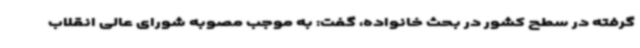
گرفته در سطح کشور در بحث خانواده، گفت: به موجب مصوبه شورای عالی انقلاب